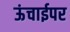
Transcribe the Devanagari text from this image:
ऊंचाईपर